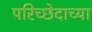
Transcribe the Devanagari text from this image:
परिच्छेदाच्या